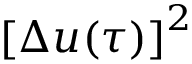
{ [ \Delta u ( \tau ) ] } ^ { 2 }